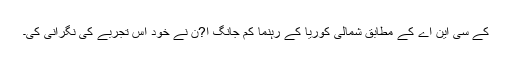
کے سی این اے کے مطابق شمالی کوریا کے رہنما کم جانگ ا?ن نے خود اس تجربے کی نگرانی کی۔